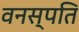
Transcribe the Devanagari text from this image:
वनस्‍पति